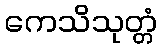
ကေသိသုတ္တံ